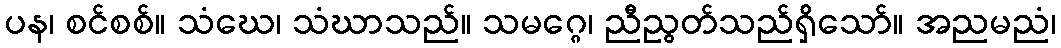
ပန၊ စင်စစ်။ သံဃေ၊ သံဃာသည်။ သမဂ္ဂေ၊ ညီညွတ်သည်ရှိသော်။ အညမညံ၊